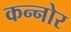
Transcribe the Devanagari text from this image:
कन्नोर